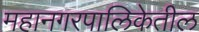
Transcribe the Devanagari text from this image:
महानगरपालिकेतील